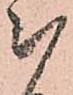
被